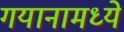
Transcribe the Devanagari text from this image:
गयानामध्ये